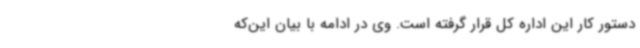
دستور کار این اداره کل قرار گرفته است. وی در ادامه با بیان این‌که